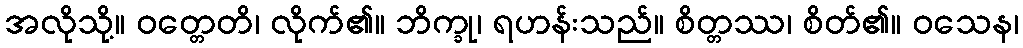
အလိုသို့။ ဝတ္တေတိ၊ လိုက်၏။ ဘိက္ခု၊ ရဟန်းသည်။ စိတ္တဿ၊ စိတ်၏။ ဝသေန၊